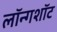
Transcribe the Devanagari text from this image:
लॉन्गशॉट